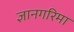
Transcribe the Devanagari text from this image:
ज्ञानगरिमा